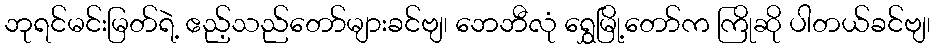
ဘုရင်မင်းမြတ်ရဲ့ ဧည့်သည်တော်များခင်ဗျ၊ ဘေဘီလုံ ရွှေမြို့တော်က ကြိုဆို ပါတယ်ခင်ဗျ၊